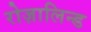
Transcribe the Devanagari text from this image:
रोज़ालिन्ड